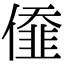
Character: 𠎷